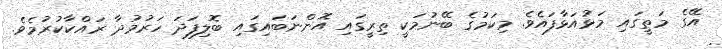
އޭގެ މަތީގައި މަޅުއަޅާފައެވެ. މިކަމުގެ ބޭނުމަކީ ތިރީގައި އޮންނަބައިގައި ބޮލިފަދަ ހަރުމުދާ ރައްކާކުރުމެވެ.